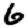
Digit: 6